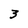
Character: 3